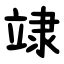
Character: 䇐